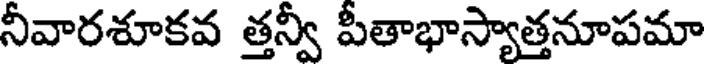
నీవారశూకవ త్తన్వీ పీతాభాస్యాత్తనూపమా